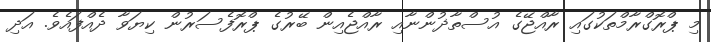
މި ޕްރޮގްރާމްތަކުގައި ރާއްޖޭގެ އުސްތާޛުންނާއި ރާއްޖެއިން ބޭރުގެ ޕްރޮފެސަރުން ކިޔަވާ ދެއްފައެވެ. އަދި